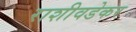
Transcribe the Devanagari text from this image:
राशीवडेकर